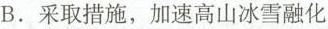
B. 采取措施，加速高山冰雪融化